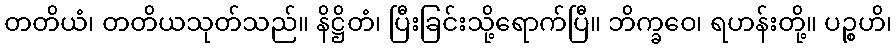
တတိယံ၊ တတိယသုတ်သည်။ နိဋ္ဌိတံ၊ ပြီးခြင်းသို့ရောက်ပြီ။ ဘိက္ခဝေ၊ ရဟန်းတို့။ ပဉ္စဟိ၊